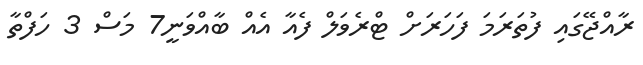
ރާއްޖޭގައި ފުތަރަމަ ފަހަރަށް ޓްރެވަލް ފެއާ އެއް ބާއްވަނީ7 މަސް 3 ހަފްތާ